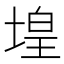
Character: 堭